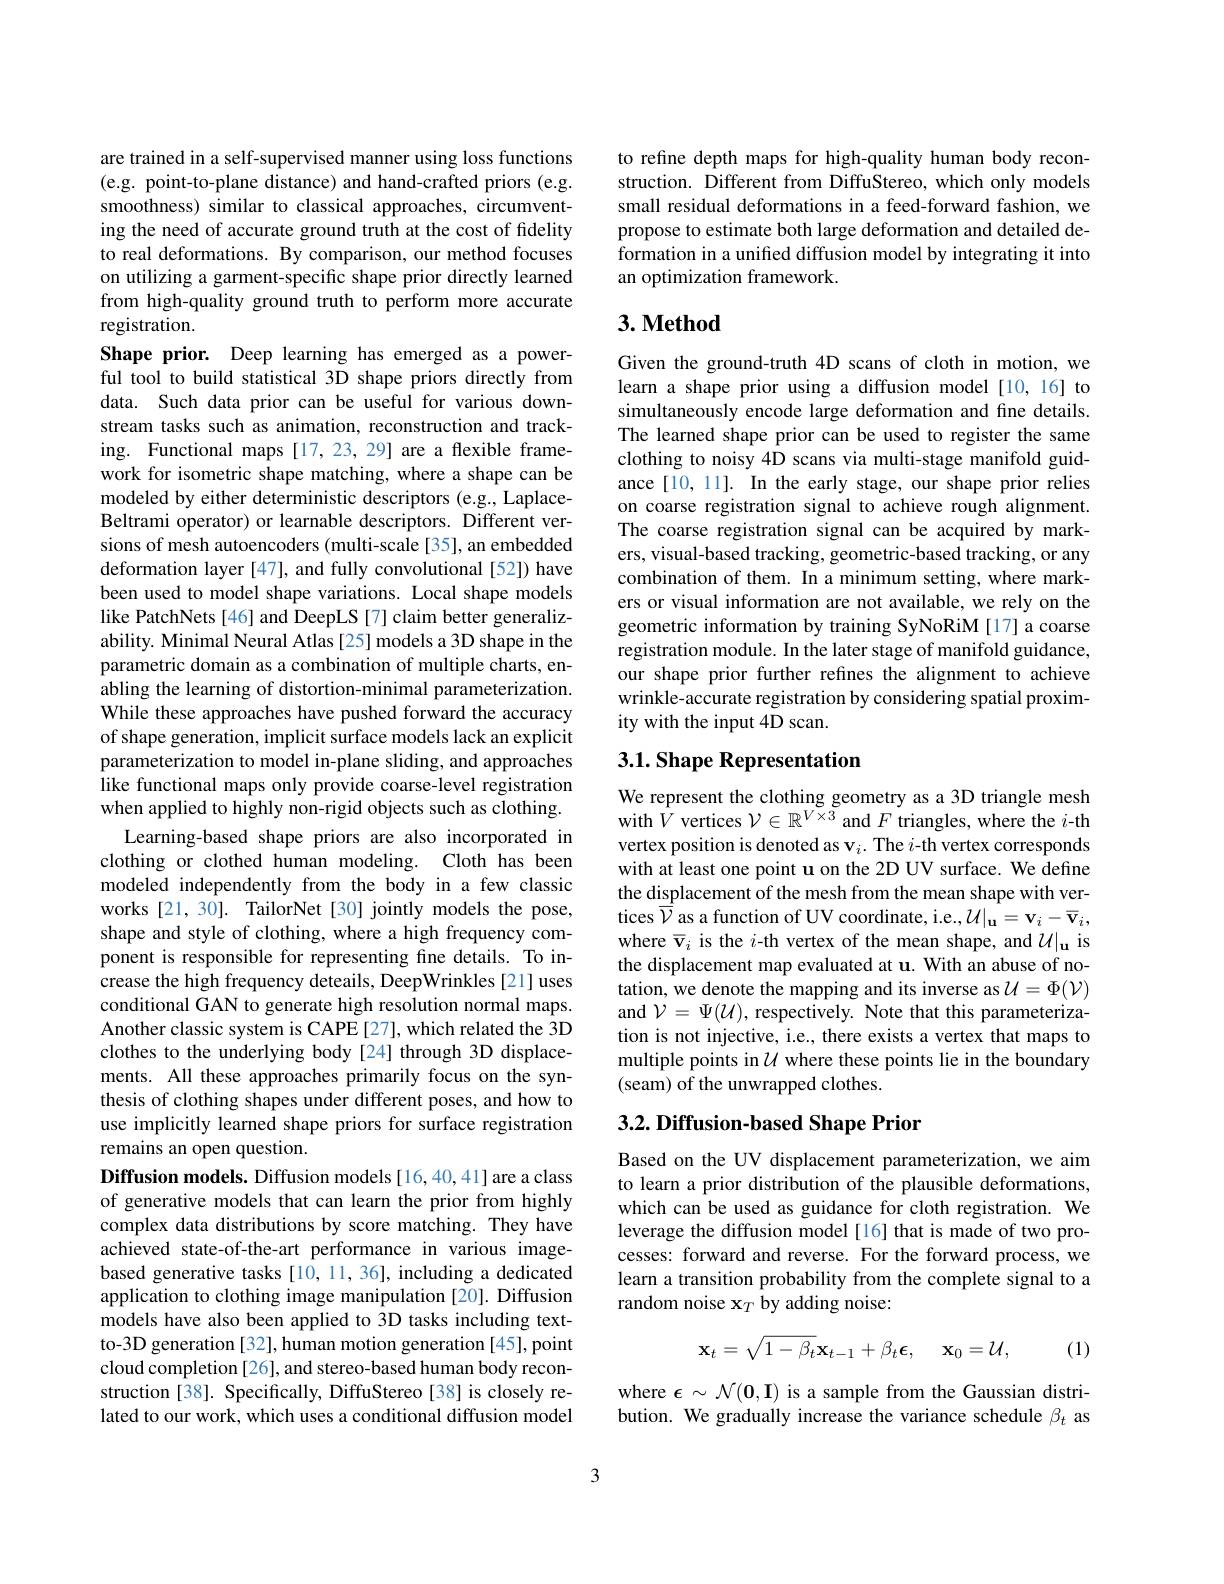
are trained in a self-supervised manner using loss functions (e.g. point-to-plane distance) and hand-crafted priors (e.g. smoothness) similar to classical approaches, circumventing the need of accurate ground truth at the cost of fidelity to real deformations. By comparison, our method focuses on utilizing a garment-specific shape prior directly learned from high-quality ground truth to perform more accurate registration.
Shape prior. Deep learning has emerged as a powerful tool to build statistical 3D shape priors directly from data. Such data prior can be useful for various downstream tasks such as animation, reconstruction and tracking. Functional maps[17,23,29] are a flexible framework for isometric shape matching, where a shape can be modeled by either deterministic descriptors (e.g., LaplaceBeltrami operator) or learnable descriptors. Different versions of mesh autoencoders (multi-scale [35], an embedded deformation layer [47], and fully convolutional [52]) have been used to model shape variations. Local shape models like PatchNets [46] and DeepLS [7] claim better generalizability. Minimal Neural Atlas [25] models a 3D shape in the parametric domain as a combination of multiple charts, enabling the learning of distortion-minimal parameterization While these approaches have pushed forward the accuracy of shape generation, implicit surface models lack an explicit parameterization to model in-plane sliding, and approaches like functional maps only provide coarse-level registration when applied to highly non-rigid objects such as clothing.
Learning-based shape priors are also incorporated in clothing or clothed human modeling. Cloth has been modeled independently from the body in a few classic works [21, 30]. TailorNet [30] jointly models the pose, shape and style of clothing, where a high frequency component is responsible for representing fine details. To increase the high frequency deteails, DeepWrinkles [21] uses conditional GAN to generate high resolution normal maps. Another classic system is CAPE [27], which related the 3D clothes to the underlying body [24] through 3D displacements. All these approaches primarily focus on the synthesis of clothing shapes under different poses, and how to use implicitly learned shape priors for surface registration remains an open question.
Diffusion models. Diffusion models[16,40,41] are a class of generative models that can learn the prior from highly complex data distributions by score matching. They have achieved state-of-the-art performance in various imagebased generative tasks [10, 11, 36], including a dedicated application to clothing image manipulation [20]. Diffusion models have also been applied to 3D tasks including textto-3D generation [32], human motion generation [45], point cloud completion [26], and stereo-based human body reconstruction [38]. Specifically, DiffuStereo [38] is closely related to our work, which uses a conditional diffusion model

to refine depth maps for high-quality human body reconstruction. Different from DiffuStereo, which only models small residual deformations in a feed-forward fashion, we propose to estimate both large deformation and detailed deformation in a unified diffusion model by integrating it into an optimization framework.

# 3. Method

Given the ground-truth 4D scans of cloth in motion, we learn a shape prior using a diffusion model[10,16] to simultaneously encode large deformation and fine details. The learned shape prior can be used to register the same clothing to noisy 4D scans via multi-stage manifold guidance [10, 11]. In the early stage, our shape prior relies on coarse registration signal to achieve rough alignment. The coarse registration signal can be acquired by markers, visual-based tracking, geometric-based tracking, or any combination of them. In a minimum setting, where markers or visual information are not available, we rely on the geometric information by training SyNoRiM [17] a coarse registration module. In the later stage of manifold guidance, our shape prior further refines the alignment to achieve wrinkle-accurate registration by considering spatial proximity with the input 4D scan.

## $3. 1. \textbf{Shape Representation}$

We represent the clothing geometry as a 3D triangle mesh with $\bar{V}$ vertices $\mathcal{V}\in\mathbb{R}^V\times3$ and $F$ triangles, where the $i$-th vertex position is denoted as v$_i.$ The $i$-th vertex corresponds with at least one point u on the 2D UV surface. We define the displacement of the mesh from the mean shape with vertices $\overline{\mathcal{V}}$ as a function of UV coordinate, i.e.,$\mathcal{U}|_\mathbf{u}=\mathbf{v}_i-\overline{\mathbf{v}}_i$, where $\overline{\mathbf{v}}_i$ is the $i$-th vertex of the mean shape, and $\mathcal U|_\mathbf{u}$ is the displacement map evaluated at u. With an abuse of notation, we denote the mapping and its inverse as $\mathcal{U}=\Phi(\mathcal{V})$ and $\mathcal{V}=\Psi(\mathcal{U})$, respectively. Note that this parameterization is not injective, i.e., there exists a vertex that maps to multiple points in $\mathcal{U}$ where these points lie in the boundary (seam) of the unwrapped clothes.

# 3.2. Diffusion-based Shape Prior

Based on the UV displacement parameterization, we aim to learn a prior distribution of the plausible deformations, which can be used as guidance for cloth registration. We leverage the diffusion model[16] that is made of two processes: forward and reverse. For the forward process, we learn a transition probability from the complete signal to a random noise $\mathbf{x}_T$ by adding noise:
$$\mathbf{x}_t=\sqrt{1-\beta_t}\mathbf{x}_{t-1}+\beta_t\boldsymbol{\epsilon},\quad\mathbf{x}_0=\mathcal{U},$$
(1)

where $\epsilon\sim\mathcal{N}(\mathbf{0},\mathbf{I})$ is a sample from the Gaussian distribution. We gradually increase the variance schedule $\beta_t$ as

3